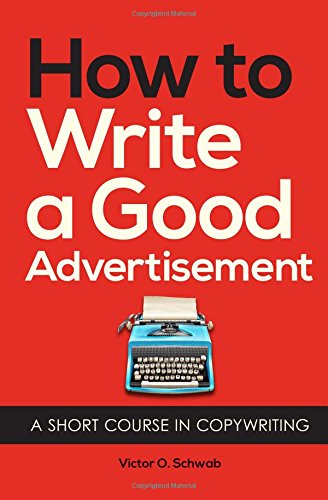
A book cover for How to Write a Good Advertisement; Victor O. Schwab; Business & Money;